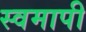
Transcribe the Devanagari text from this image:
स्वमापी